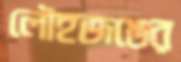
লৌহজঙের